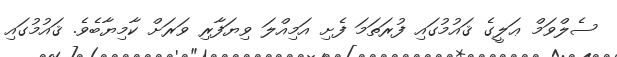
ސެލްވަމް ޢަލީގެ ޤައުމުގައި ފުރަތަމަ ފެށި އަމިއްލަ ވިޔަފާރި ވަރަށް ކާމިޔާބެވެ. ޤައުމުގައި